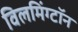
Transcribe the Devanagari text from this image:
विलमिंग्टॉन